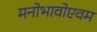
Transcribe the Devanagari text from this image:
मनोभावोएवम